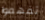
تفهموا